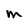
Character: m